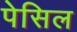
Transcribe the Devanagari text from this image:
पेसिल